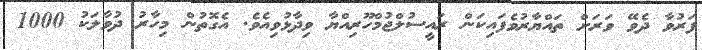
ފަރުވާ ދެވޭ ވަރަށް ތައްޔާރުވެފައިކަން ރައީސުލްޖުމްހޫރިއްޔާ ވިދާޅުވިއެވެ. އެގޮތުން މިހާރު ދުވާލަކު 1000